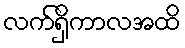
လက်ရှိကာလအထိ